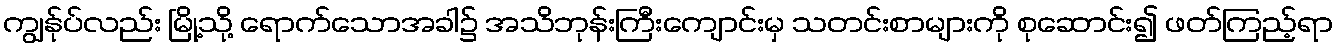
ကျွန်ုပ်လည်း မြို့သို့ ရောက်သောအခါ၌ အသိဘုန်းကြီးကျောင်းမှ သတင်းစာများကို စုဆောင်း၍ ဖတ်ကြည့်ရာ